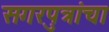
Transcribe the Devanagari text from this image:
सगरपुत्रांचा